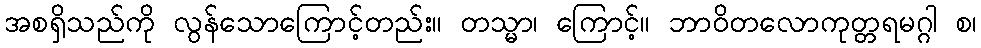
အစရှိသည်ကို လွန်သောကြောင့်တည်း။ တသ္မာ၊ ကြောင့်။ ဘာဝိတလောကုတ္တရမဂ္ဂါ စ၊